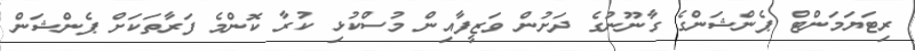
ރިޓަޔަމަންޓް ޕެންޝަންގެ ގާނޫނުގެ ދަށުން ވަޒީފާއިން މުސްކުޅި ކުރާ ކޮންމެ ފަރާތަކަށް ޕެންޝަން